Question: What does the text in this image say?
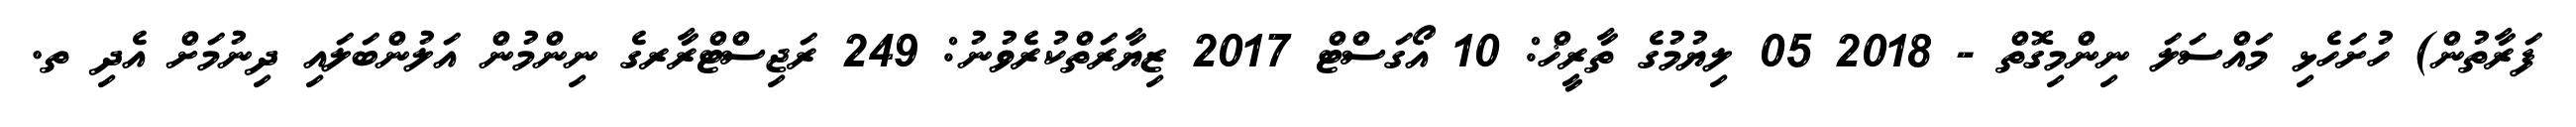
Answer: ފަރާތުން) ހުށަހެޅި މައްސަލަ ނިންމިގޮތް - 2018 05 ލިޔުމުގެ ތާރީޚް: 10 އޯގަސްޓް 2017 ޒިޔާރަތްކުރެވުނު: 249 ރަޖިސްޓްރާރގެ ނިންމުން އަލުންބަލައި ދިނުމަށް އެދި ތ.